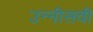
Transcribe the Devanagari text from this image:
उन्‍नीसवी